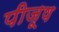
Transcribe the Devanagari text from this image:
पीजूष